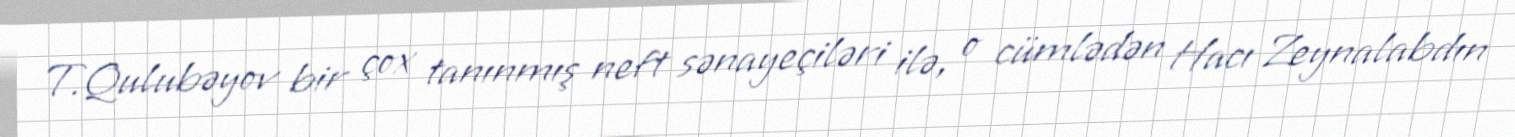
T.Qulubəyov bir çox tanınmış neft sənayeçiləri ilə, o cümlədən Hacı Zeynalabdın